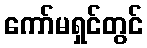
ကော်မရှင်တွင်